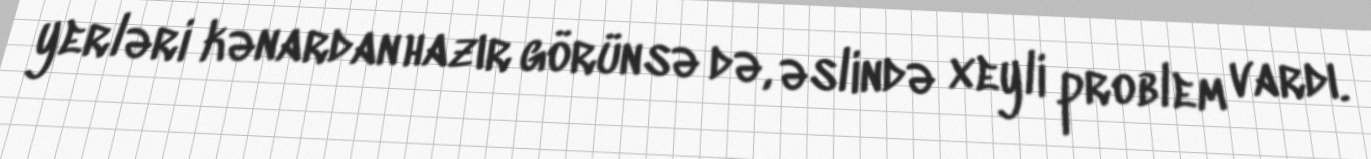
yerləri kənardan hazır görünsə də, əslində xeyli problem vardı.